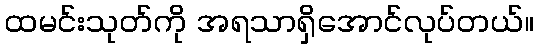
ထမင်းသုတ်ကို အရသာရှိအောင်လုပ်တယ်။